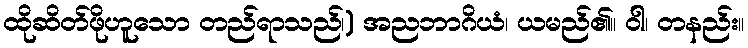
ထိုဆိတ်ဖိုဟူသော တည်ရာသည်၊) အညဘာဂိယံ၊ ယမည်၏။ ဝါ၊ တနည်း။